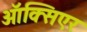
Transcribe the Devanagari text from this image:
ऑक्सिएर